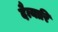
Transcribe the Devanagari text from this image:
दैत्यारि